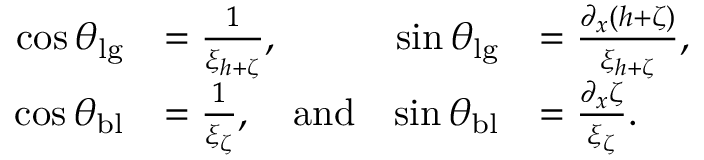
\begin{array} { r l r l } { \cos \theta _ { \mathrm { l g } } } & { = \frac { 1 } { \xi _ { h + \zeta } } , } & { \sin \theta _ { \mathrm { l g } } } & { = \frac { \partial _ { x } ( h + \zeta ) } { \xi _ { h + \zeta } } , } \\ { \cos \theta _ { \mathrm { b l } } } & { = \frac { 1 } { \xi _ { \zeta } } , \quad \mathrm { a n d } } & { \sin \theta _ { \mathrm { b l } } } & { = \frac { \partial _ { x } \zeta } { \xi _ { \zeta } } . } \end{array}